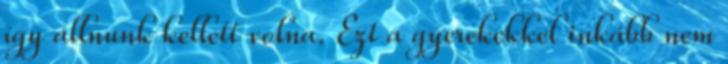
így állnunk kellett volna. Ezt a gyerekekkel inkább nem